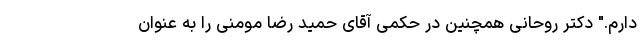
دارم." دکتر روحانی همچنین در حکمی آقای حمید رضا مومنی را به عنوان